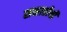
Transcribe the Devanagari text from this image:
समाप्तीची